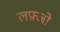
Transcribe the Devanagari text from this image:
लफ़्जो